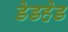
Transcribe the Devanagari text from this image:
डेडहेड